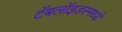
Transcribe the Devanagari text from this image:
टॅबलॉइडस्मध्ये